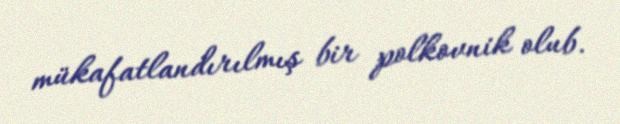
mükafatlandırılmış bir polkovnik olub.